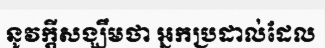
នូវក្តីសង្ឃឹមថា អ្នកប្រដាល់ដែល